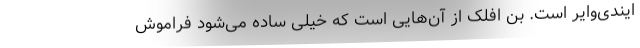
ایندی‌وایر است. بن افلک از آن‌هایی است که خیلی ساده می‌شود فراموش